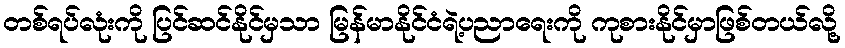
တစ်ရပ်လုံးကို ပြင်ဆင်နိုင်မှသာ မြန်မာနိုင်ငံရဲ့ပညာရေးကို ကုစားနိုင်မှာဖြစ်တယ်လို့